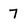
Character: 7